Report of the Indian Hemp Drugs Commission, 1894-1895 - Volume VI
Year: 1894
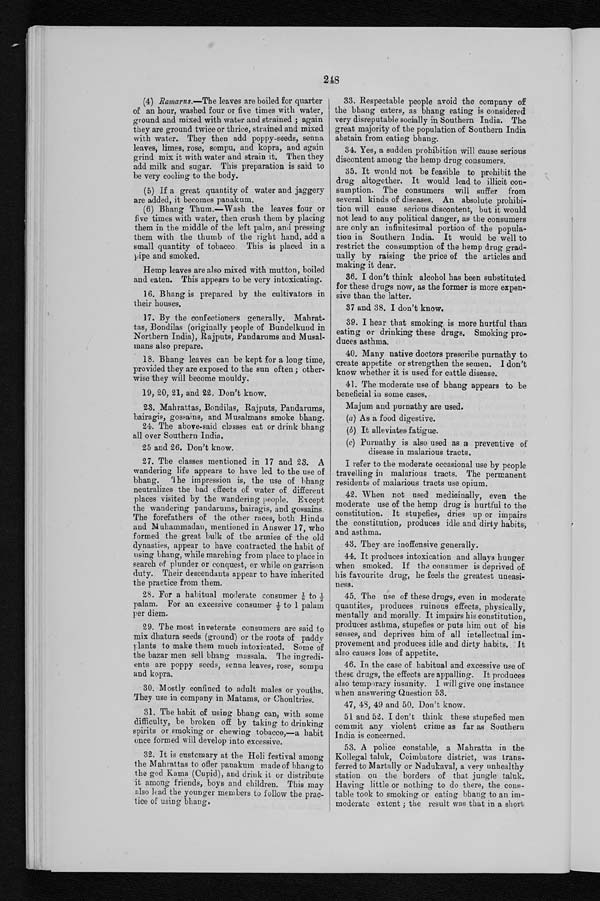
248
(4)Ramarus.—The leaves are boiled for quarter
of an hour, washed four or five times with water,
ground and mixed with water and strained ; again
they are ground twice or thrice, strained and mixed
with water. They then add poppy-seeds, senna
leaves, limes, rose, sompu, and kopra, and again
grind mix it with water and strain it. Then they
add milk and sugar. This preparation is said to
be very cooling to the body.
(5) If a great quantity of water and jaggery
are added, it becomes panakum.
(6) Bhang Thum.—Wash the leaves four or
five times with water, then crush them by placing
them in the middle of the left palm, and pressing
them with the thumb of the right hand, add a
small quantity of tobacco. This is placed in a
pipe and smoked.
Hemp leaves are also mixed with mutton, boiled
and eaten. This appears to be very intoxicating.
16. Bhang is prepared by the cultivators in
their houses.
17. By the confectioners generally. Mahrat-
tas, Bondilas (originally people of Bundelkund in
Northern India.), Rajputs, Pandarums and Musal-
mans also prepare.
1 8 . B h a n g l e a v e s c a n b e k e p t f o r a l o n g t i m e ,
provided they are exposed to the sun often ; other-
-wise they will become mouldy.
19, 20, 21, and 22, Don't know.
23. Mahrattas, Bondilas, Rajputs, Pandarums,
bairagis, gossains, and Musalmans smoke bhang.
24. The above-said classes eat or drink bhang
all over Southern India.
25 and 26. Don't know.
27. The classes mentioned in 17 and 23. A
wandering life appears to have led to the use of
bhang. The impression is, the use of bhang
neutralizes the bad effects of water of different
places visited by the wandering people. Except
the wandering pandarums, bairagis, and gossains.
The forefathers of the other races, both Hindu
and Muhammadan, mentioned in Answer 17, who
formed the great bulk of the armies of the old
dynasties, appear to have contracted the habit of
using bhang, while marching from place to place in
search of plunder or conquest, or while on garrison
duty. Their descendants appear to have inherited
the practice from them.
28. For a habitual moderate consumer ⅛ to ½
palam. For an excessive consumer ½ to 1 palam
per diem.
2 9 . T h e m o s t i n v e t e r a t e c o n s u m e r s a r e s a i d t o
mix dhatura seeds (ground) or the roots of paddy
plants to make them much intoxicated. Some of
the bazar men sell bhang massala. The ingredi-
ents are poppy seeds, senna leaves, rose, sompu
and kopra.
30. Mostly confined to adult males or youths.
They use in company in Matams, or Choultries.
3 1 . T h e h a b i t o f u s i n g b h a n g c a n , w i t h s o m e
difficulty, be broken off by taking to drinking
spirits or smoking or chewing tobacco,—a habit
once formed will develop into excessive.
3 2 . I t i s c u s t o m a r y a t t h e H o l i f e s t i v a l a m o n g
the Mahrattas to offer panakum made of bhang to
the god Kama (Cupid), and drink it or distribute
it among friends, boys and children. This may
also lead the younger members to follow the pra
c - t i c e o f u s i n g b h a n g .
33. Respectable people avoid the' company of
the bhang eaters, as bhang eating is considered
very disreputable socially in Southern India. The
great majority of the population of Southern India
abstain from eating bhang.
34. Yes, a sudden prohibition will cause serious
discontent among the hemp drug consumers.
35. It would not be feasible to prohibit the
drug altogether. It would lead to illicit con-
sumption. The consumers will suffer from
several kinds of diseases. An absolute prohibi-
tion will cause serious discontent, but it would
not lead to any political danger, as the consumers
are only an infinitesimal portion of the popula-
tion in Southern India. It would be well to
restrict the consumption of the hemp drug grad-
ually by raising the price of the articles and
making it dear.
36. I don't think alcohol has been substituted
for these drugs now, as the former is more expen-
sive than the latter.
37 and 38. I don't know.
39. I hear that smoking is more hurtful than
eating or drinking these drugs. Smoking pro-
duces asthma.
40. Many native doctors prescribe purnathy to
create appetite or strengthen the semen. 1 don't
know whether it is used for cattle disease.
41. The moderate use of bhang appears to be
beneficial in some cases.
Majum and purnathy are used.
(a) As a food digestive.
(b) It alleviates fatigue.
(c) Purnathy is also used as a preventive of
disease in malarious tracts.
I refer to the moderate occasional use by people
travelling in malarious tracts. The permanent
residents of malarious tracts use opium.
42. When not used medicinally, even the
moderate use of the hemp drug is hurtful to the
constitution. It stupefies, dries up or impairs
the constitution, produces idle and dirty habits,
and asthma.
4 3 . T h e y a r e i n o f f e n s i v e g e n e r a l l y .
44. It produces intoxication and allays hunger
when smoked. If the consumer is deprived of
his favourite drug, he feels the greatest uneasi-
ness.
45. The use of these drugs, even in moderate
quantites, produces ruinous effects, physically,
mentally and morally. It impairs his constitution,
produces asthma, stupefies or puts him out of his
senses, and deprives him of all intellectual im-
provement and produces idle and dirty habits. It
also causes loss of appetite.
46. In the case of habitual and excessive use of
these drugs, the effects are appalling. It produces
also temporary insanity. I will give one instance
when answering Question 53.
47, 48, 49 and 50. Don't know.
51 and 52. I don't think these stupefied men
commit any violent crime as far as Southern
India is concerned.
53. A police constable, a Mahratta in the
g
Kollegal taluk, Coimbatore district, was trans-
ferredbto Martally or Nadukaval, a very unhealthy
station on the borders of that jungle taluk,
Having little or nothing to do there, the cons-
table took to smoking or eating bhang to an im
-
moderate extent ; the result was that in a short